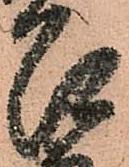
召